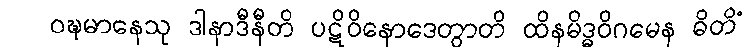
ဝဍ္ဎမာနေသု ဒါနာဒီနီတိ ပဋိဝိနောဒေတွာတိ ထိနမိဒ္ဓဝိဂမေန ဓိတိံ